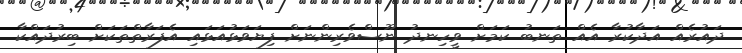
ދައުރެއް އަދާކުރާ އެއް ތަނބު ކަމަށް ވީހިނދު ނޫސްވެރިންނަށް ފިޔަވަޅުއަޅައި އެފަރާތްތަކަށް ބިރުދައްކާ